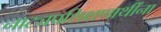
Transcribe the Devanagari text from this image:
नाट्यप्रशिक्षणार्थींना